Civil Veterinary Department Bihar reports 1940-50 - 1940-1950
Year: 1940
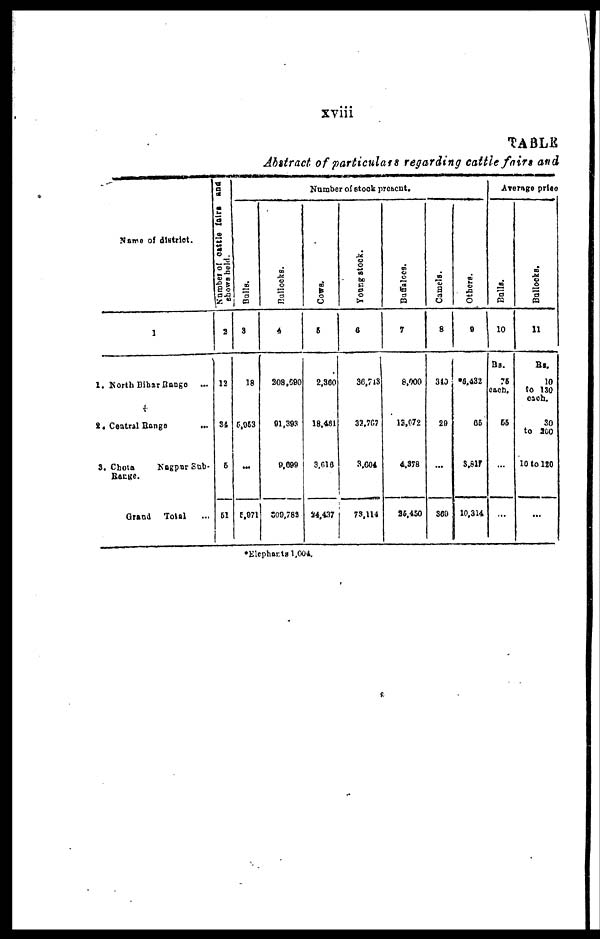
xviii
TABLE
Abstract of particulars regarding cattle fairs and
Name of district.
1
1. North Bihar Bange ...
2. Central Range ...
3. Chota
Nagpur
Sub-
Range.
Grand Total ...
Number of cattle fairs and
chows held.
2
12
34
5
51
Number of stock present.
Bulls.
3
18
5,953
...
5,971
Bullocks.
4
208,690
91,393
9,699
309,782
Cows.
5
2,360
18,461
3,616
24,437
Young stock.
6
36,713
32,767
3,604
73.114
Buffaloes.
7
8,000
13,072
4,378
25,450
Camels.
8
310
29
...
360
Others.
9
6,432
85
3,817
10,314
Average price
Bulls.
10
Rs
75
each.
55
...
...
Bullocks.
11
Rs.
10
to 130
each.
30
to 260
10 to 120
...
*Elephants 1,004.